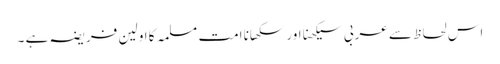
اس لحاظ سے عربی سیکھنا اور سکھانا امت مسلمہ کا اولین فریضہ ہے ۔